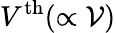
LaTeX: V^{\mathrm{th}}(\propto\mathcal{V})